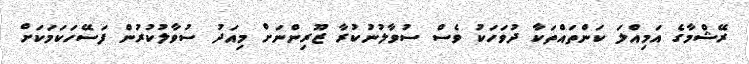
ރޭޝްމާގެ އަމިއްލަ ކަންތައްތަކާ ދުވަހަކު ވެސް ސުވާލުނުކުރާ ޒޫރިންނަށް މިއަދު ސުވާލުކުރުން ފަސޭހަކަމަކަށް